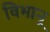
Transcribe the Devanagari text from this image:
विभानू